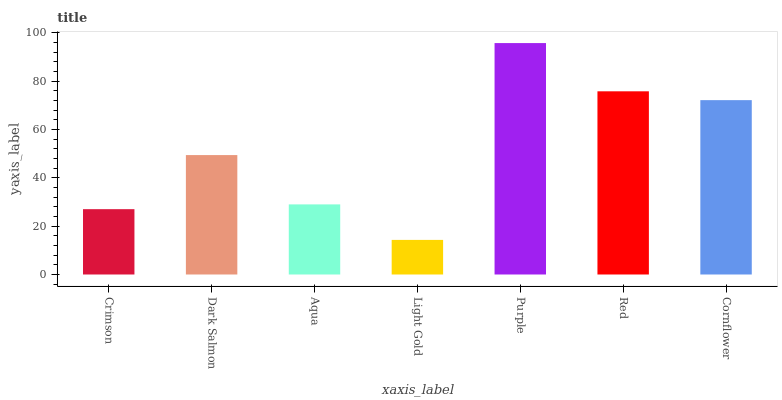
| xaxis_label | bars |
 | --- | --- |
 | Crimson | 27 |
 | Dark Salmon | 49.4 |
 | Aqua | 29 |
 | Light Gold | 14.3 |
 | Purple | 95.7 |
 | Red | 75.8 |
 | Cornflower | 72.1 |